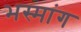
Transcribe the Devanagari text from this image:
भस्मांग